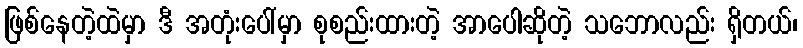
ဖြစ်နေတဲ့ထဲမှာ ဒီ အတုံးပေါ်မှာ စုစည်းထားတဲ့ အာပေါဆိုတဲ့ သဘောလည်း ရှိတယ်၊